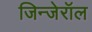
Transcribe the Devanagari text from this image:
जिन्जेरॉल